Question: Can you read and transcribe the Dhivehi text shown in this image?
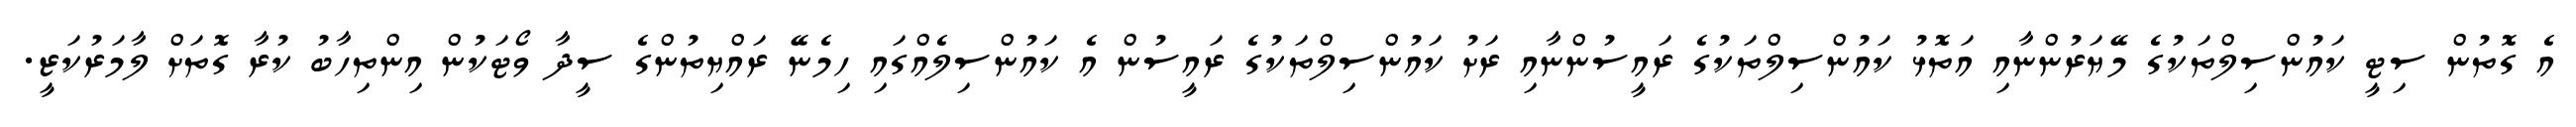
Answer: އެ ގޮތުން ސިޓީ ކައުންސިލްތަކުގެ މޭޔަރުންނާއި އަތޮޅު ކައުންސިލްތަކުގެ ރައީސުންނާއި ރަށު ކައުންސިލްތަކުގެ ރައީސުން އެ ކައުންސިލެއްގައި ހިމެނޭ ރައްޔިތުންގެ ސީދާ ވޯޓަކުން އިންތިހާބު ކުރާ ގޮތަށް ލާމަރުކަޒީ.